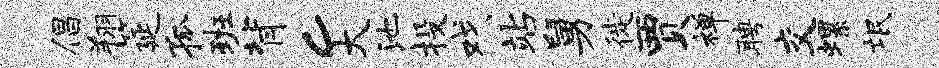
倡翔筵孤班背c大池投戏站舅徙贾禅聘交螺氓